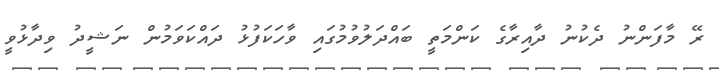
ރޭ މާފަންނު ދެކުނު ދާއިރާގެ ކަންމަތީ ބައްދަލުވުމުގައި ވާހަކަފުޅު ދައްކަވަމުން ނަޝީދު ވިދާޅުވީ